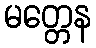
မတ္တေန